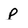
Character: p